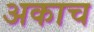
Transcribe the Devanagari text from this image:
अकाच